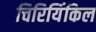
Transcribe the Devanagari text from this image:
चिरियिंकिल